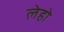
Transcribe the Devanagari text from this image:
लेहो